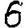
Digit: 6